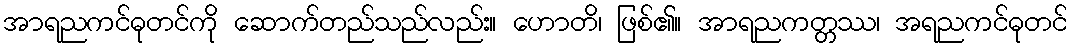
အာရညကင်ဓုတင်ကို ဆောက်တည်သည်လည်း။ ဟောတိ၊ ဖြစ်၏။ အာရညကတ္တဿ၊ အရညကင်ဓုတင်